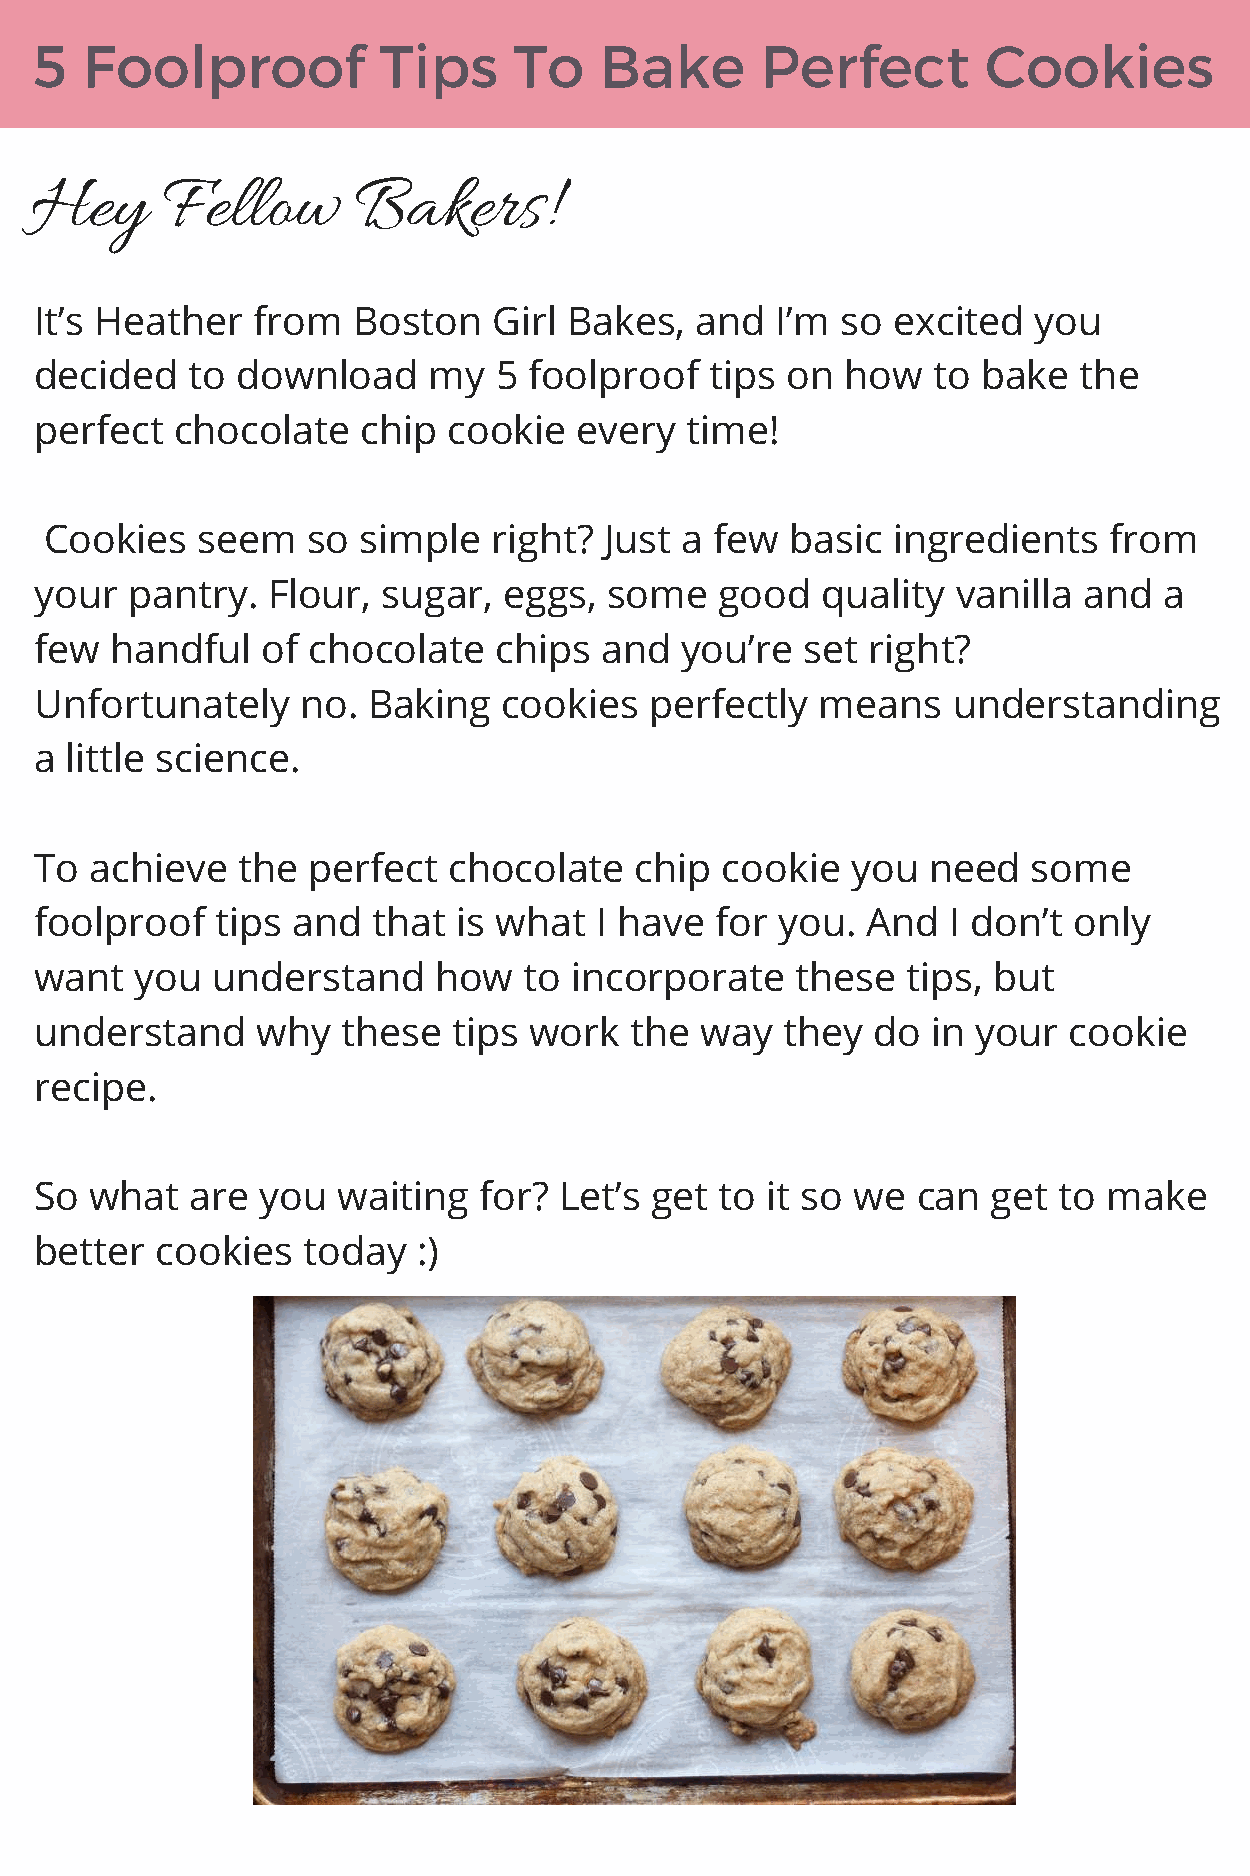
5  Foolproof           Tips     To    Bake      Perfect        Cookies
 Hey      Fellow       Bakers!
 It’s Heather   from  Boston    Girl Bakes,  and  I’m  so excited  you
 decided    to download    my   5 foolproof   tips on  how   to bake  the
 perfect   chocolate   chip  cookie  every  time!
 Cookies   seem   so  simple   right? Just a few  basic  ingredients   from
 your  pantry.   Flour, sugar,  eggs,  some    good  quality  vanilla  and  a
 few  handful   of chocolate    chips  and  you’re  set  right?
 Unfortunately     no. Baking   cookies   perfectly  means    understanding
 a little science.
 To  achieve   the perfect   chocolate   chip  cookie  you   need  some
 foolproof   tips and   that is what  I have  for  you. And   I don’t only
 want   you  understand     how   to incorporate    these  tips, but
 understand     why   these  tips work   the way   they  do  in your  cookie
 recipe.
 So  what   are you  waiting   for? Let’s get  to it so we  can  get to make
 better  cookies   today   :)